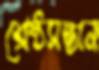
শ্রেষ্ঠসন্তান